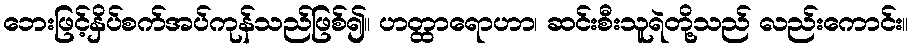
ဘေးဖြင့်နှိပ်စက်အပ်ကုန်သည်ဖြစ်၍။ ဟတ္ထာရောဟာ၊ ဆင်းစီးသူရဲတို့သည် လည်းကောင်း။